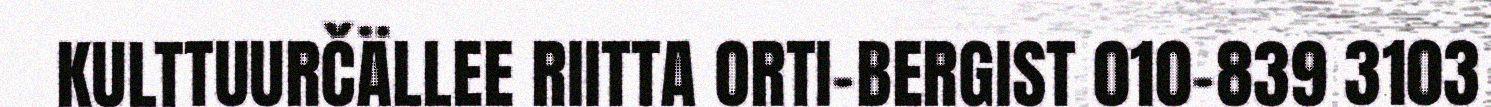
KULTTUURČÄLLEE RIITTA ORTI-BERGIST 010-839 3103